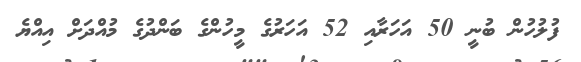
ފުލުހުން ބުނީ 50 އަހަރާއި 52 އަހަރުގެ މީހުންގެ ބަންދުގެ މުއްދަށް އިއްޔެ